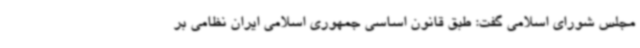
مجلس شورای اسلامی گفت: طبق قانون اساسی جمهوری اسلامی ایران نظامی بر